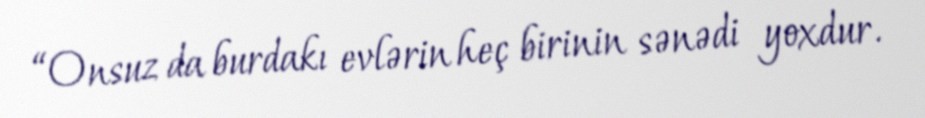
“Onsuz da burdakı evlərin heç birinin sənədi yoxdur.